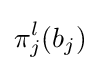
\pi _{j}^{l}(b_{j})